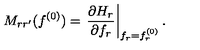
M _ { r r ^ { \prime } } ( f ^ { ( 0 ) } ) = \left. \frac { \partial H _ { r } } { \partial f _ { r } } \right| _ { f _ { r } = f _ { r } ^ { ( 0 ) } } .